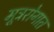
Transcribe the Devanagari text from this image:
मूत्ररोगात